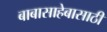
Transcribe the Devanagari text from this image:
बाबासाहेबासाठी